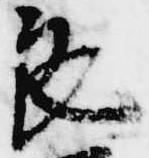
良